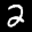
Label: 2